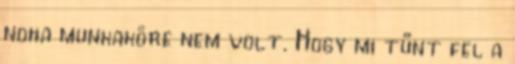
noha munkaköre nem volt. Hogy mi tűnt fel a